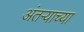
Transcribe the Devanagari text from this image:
अंतऱ्याच्या